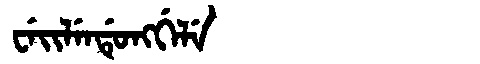
Manchu: ᠸᡝᡳᠯᡝᠨᡩᡠᠩᡤᡝᠯᡝ
Romanization: WEILENDUNGGELE